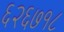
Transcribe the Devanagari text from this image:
६२६७१८